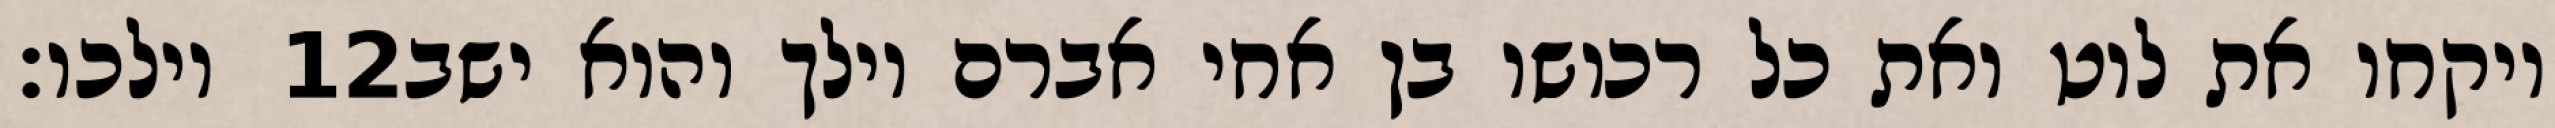
וילכו׃ ‎12‏ ויקחו את לוט ואת כל רכושו בן אחי אברם וילך והוא ישב